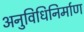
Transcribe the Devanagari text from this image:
अनुविधिनिर्माण